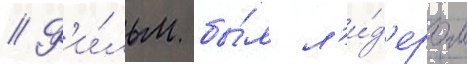
// Ф'и́льм бы́л л'и́д'ером